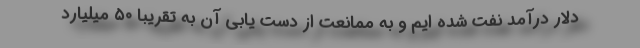
دلار درآمد نفت شده ایم و به ممانعت از دست یابی آن به تقریبا ۵۰ میلیارد